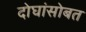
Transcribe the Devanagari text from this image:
दोघांसोबत